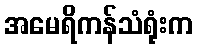
အမေရိကန်သံရုံးက